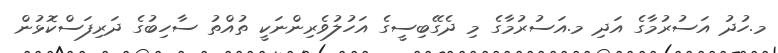
މ.ހުދު އަސުރުމާގެ އަދި މ.އަސުރުމާގެ މި ދެގޭބިސީގެ އަހުލުވެރިންނަކީ ތުއްތު ސާހިބުގެ ދަރިފަސްކޮޅުން